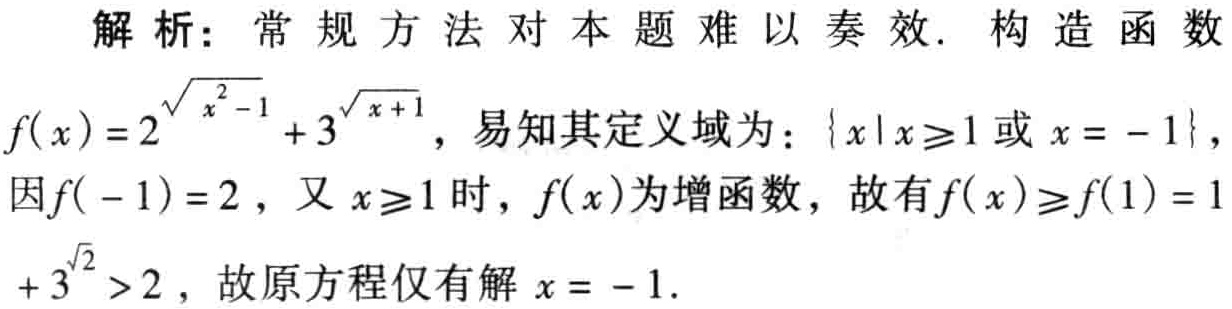
解析：常规方法对本题难以奏效. 构造函数

\(f(x)=2^{\sqrt{x^{2}-1}} + 3^{\sqrt{x + 1}}\)，易知其定义域为：\(\{x|x\geqslant1或x = - 1\}\)，

因\(f(-1)=2\)，又\(x\geqslant1\)时，\(f(x)\)为增函数，故有\(f(x)\geqslant f(1)=1 + 3^{\sqrt{2}}>2\)，故原方程仅有解\(x = - 1\).